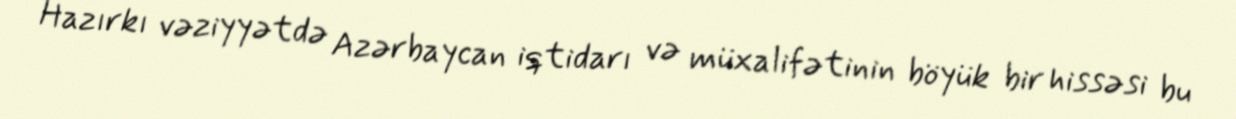
Hazırkı vəziyyətdə Azərbaycan iqtidarı və müxalifətinin böyük bir hissəsi bu